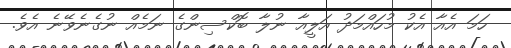
ހަމަ އެއާ އެކު މުހައްމަދު އަލީއާ ނުލާ ބޮކްސިންގެ ނަމެއް ނުގެނެވޭނެ އެވެ.